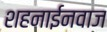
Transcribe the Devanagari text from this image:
शहनाईनवाज